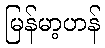
မြန်မာ့ဟန်